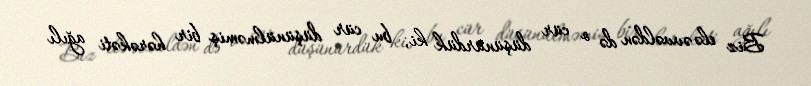
Biz elə əvvəldən də o cür düşünürdük ki, bu cür düşünülməmiş bir hərəkəti ağılı